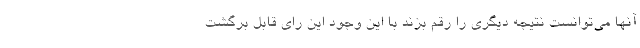
آنها می‌توانست نتیجه دیگری را رقم بزند با این وجود این رای قابل برگشت